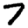
Digit: 7